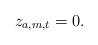
LaTeX: \begin{align*}z_{a,m,t} = 0.\end{align*}